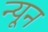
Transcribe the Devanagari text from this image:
न्‍यून